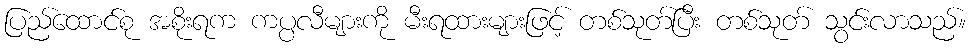
ပြည်ထောင်စု အစိုးရက ကပ္ပလီများကို မီးရထားများဖြင့် တစ်သုတ်ပြီး တစ်သုတ် သွင်းလာသည်။